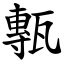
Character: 甎